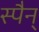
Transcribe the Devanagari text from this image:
स्पैन्